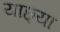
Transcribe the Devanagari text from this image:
याछ्या